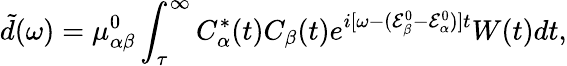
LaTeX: \tilde{d}(\omega)=\mu_{\alpha\beta}^{0}\int_{\tau}^{\infty}C_{\alpha}^{\ast}(t)C_{\beta}(t)e^{i[\omega-(\mathcal{E}_{\beta}^{0}-\mathcal{E}_{\alpha}^{0})]t}W(t)dt,